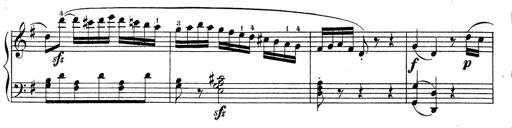
Title: Piano Sonatine No.2
Composer: Peter Piel
Key: G major